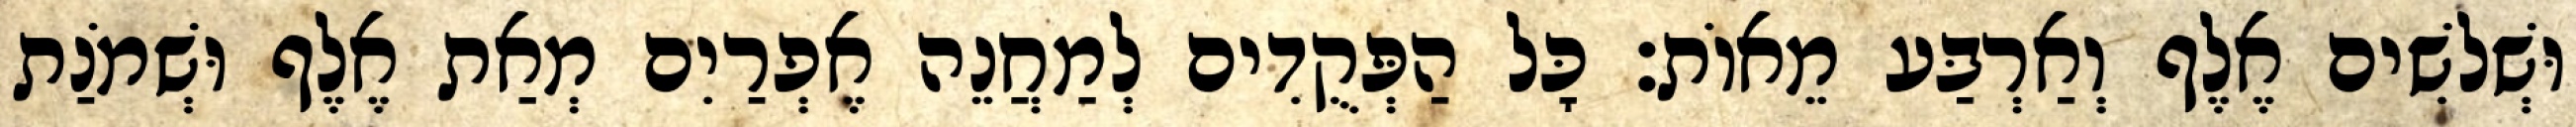
וּשְׁלשִׁים אֶלֶף וְאַרְבַּע מֵאוֹת׃ כָּל הַפְּקֻדִים לְמַחֲנֵה אֶפְרַיִם מְאַת אֶלֶף וּשְׁמֹנַת